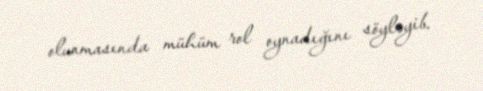
olunmasında mühüm rol oynadığını söyləyib.